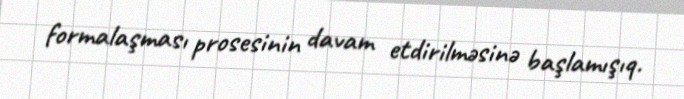
formalaşması prosesinin davam etdirilməsinə başlamışıq.